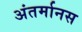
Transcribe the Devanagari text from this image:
अंतर्मानस